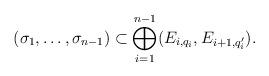
LaTeX: \begin{align*}(\sigma_1, \dots , \sigma_{n-1}) \subset \bigoplus_{i =1}^{n-1} (E_{i, q_i}, E_{i+1, q_i'}).\end{align*}